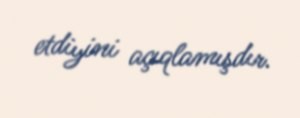
etdiyini açıqlamışdır.